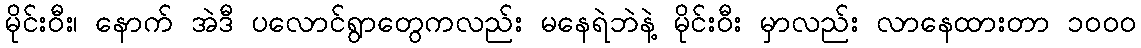
မိုင်းဝီး၊ နောက် အဲဒီ ပလောင်ရွာတွေကလည်း မနေရဲဘဲနဲ့ မိုင်းဝီး မှာလည်း လာနေထားတာ ၁၀၀၀